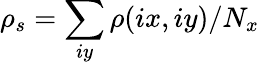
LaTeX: \rho_{s}=\sum_{iy}\rho(ix,iy)/N_{x}